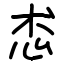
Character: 怸